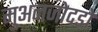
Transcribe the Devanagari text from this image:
मुअनजोदडो